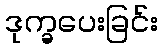
ဒုက္ခပေးခြင်း